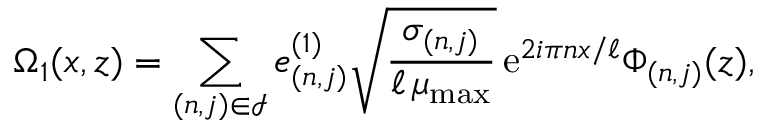
\Omega _ { 1 } ( x , z ) = \sum _ { ( n , j ) \in \mathcal { I } } \mathfrak { e } _ { ( n , j ) } ^ { ( 1 ) } \sqrt { \frac { \sigma _ { ( n , j ) } } { \ell \, \mu _ { \mathrm { m a x } } } } \, \mathrm { e } ^ { 2 i \pi n x / \ell } \Phi _ { ( n , j ) } ( z ) ,